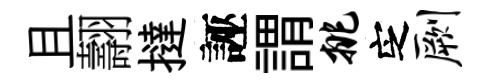
且翿撻誣謂挑㝎劂